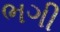
ભગી